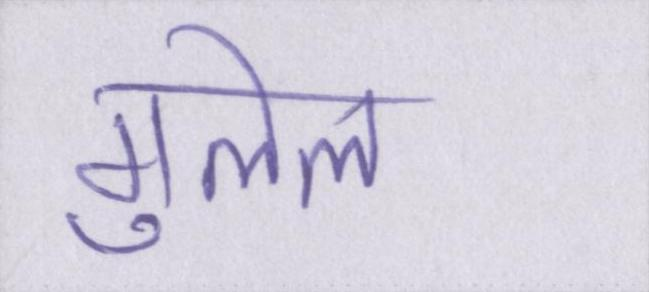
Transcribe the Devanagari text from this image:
गुलेल